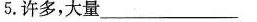
5.许多，大量___